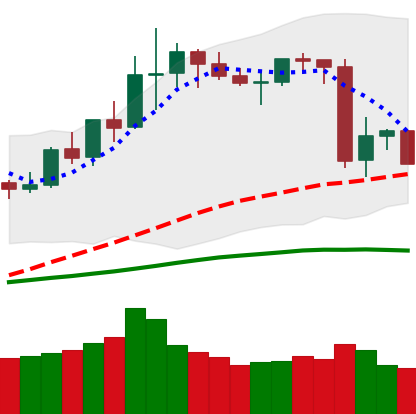
Ticker: LINK-USD
Chart end date: 2020-06-14
Forward return: 3.159%
Label: up_3_5